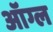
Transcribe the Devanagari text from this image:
ऑग्ल